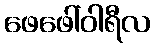
ဖေဖေါ်ဝါရီလ